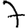
Digit: 7